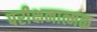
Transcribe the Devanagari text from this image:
परीक्षनात्मक